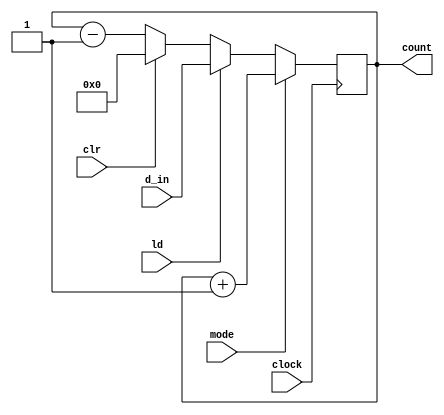
module up_down (d_in,clock,clr,mode,count,ld);

input [7:0]d_in;
input clock, clr,mode,ld;
output reg [7:0] count;



always @ (posedge clock)

  begin
   

    if (mode)
      
      count = count+1;

    else if (ld)

      count = d_in;

    else if(clr)
       
       count =0;

    else 
       count= count -1;

  end

endmodule